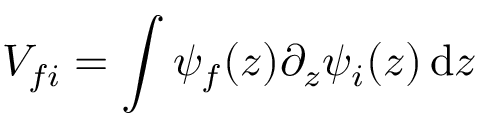
V _ { f i } = \int \psi _ { f } ( z ) \partial _ { z } \psi _ { i } ( z ) \, \mathrm { d } z